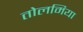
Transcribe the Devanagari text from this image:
तोलमिया